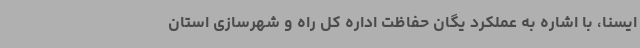
ایسنا، با اشاره به عملکرد یگان حفاظت اداره کل راه و شهرسازی استان